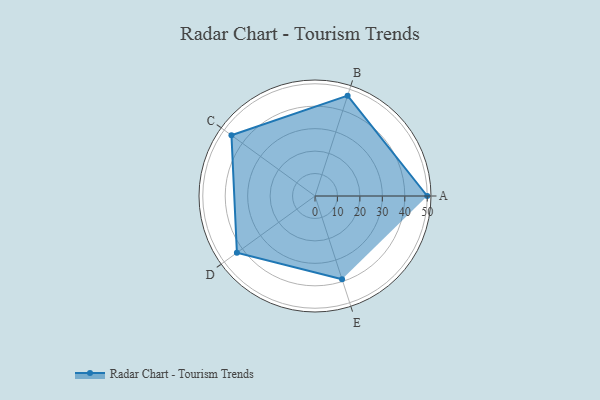
{"axis": {"x": "Skill", "y": "Score"}, "legend": ["Profile"], "data": [{"x": "A", "y": 50.0, "type": "Profile"}, {"x": "B", "y": 47.0, "type": "Profile"}, {"x": "C", "y": 46.0, "type": "Profile"}, {"x": "D", "y": 43.0, "type": "Profile"}, {"x": "E", "y": 39.0, "type": "Profile"}]}